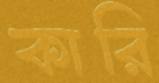
কারি